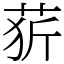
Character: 䓄